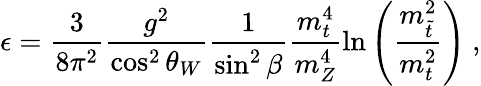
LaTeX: \epsilon=\frac{3}{8\pi^{2}}\frac{g^{2}}{\cos^{2}\theta_{W}}\frac{1}{\sin^{2}\beta}\frac{m_{t}^{4}}{m_{Z}^{4}}\ln\left(\frac{m_{\tilde{t}}^{2}}{m_{t}^{2}}\right)\ ,